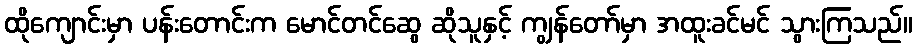
ထိုကျောင်းမှာ ပန်းတောင်းက မောင်တင်ဆွေ ဆိုသူနှင့် ကျွန်တော်မှာ အထူးခင်မင် သွားကြသည်။